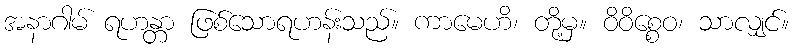
အနာဂါမ် ရဟန္တာ ဖြစ်သောရဟန်းသည်။ ကာမေဟိ၊ တို့မှ။ ဝိဝိစ္စေဝ၊ သာလျှင်။